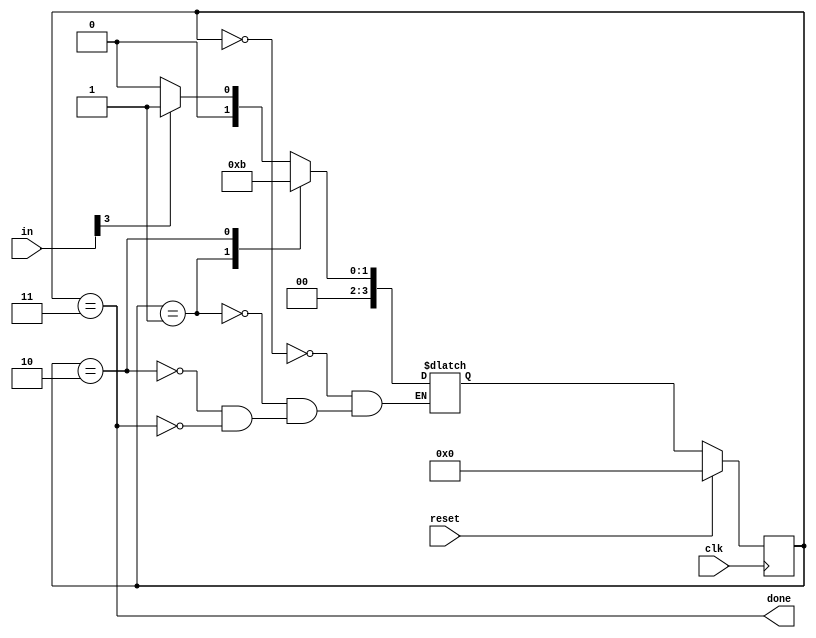
/*  Problem Statement: 

  The PS/2 mouse protocol sends messages that are three bytes long. However, within a continuous byte stream, it's not obvious where messages start and end. The only indication is that the first byte of each three byte message always has bit[3]=1 (but bit[3] of the other two bytes may be 1 or 0 depending on data).

We want a finite state machine that will search for message boundaries when given an input byte stream.
The algorithm we'll use is to discard bytes until we see one with bit[3]=1.
We then assume that this is byte 1 of a message, and signal the receipt of a message once all 3 bytes have been received (done).

The FSM should signal done in the cycle immediately after the third byte of each message was successfully received. */

module top_module(
    input clk,
    input [7:0] in,
    input reset,    // Synchronous reset
    output done); //
    
    reg [3:0] state, next_state;
    parameter BYTE1 = 0, BYTE2 = 1, BYTE3 = 2, DONE = 3;

    // State transition logic (combinational)
    always @(*) begin
        case(state)
            BYTE1:   next_state = (in[3] == 0) ? BYTE1 : BYTE2;
                
            BYTE2:   next_state = BYTE3;
                                 
            BYTE3: next_state = DONE;
               
            DONE:   next_state = (in[3] == 0) ? BYTE1 : BYTE2;
        endcase
    end
    

    // State flip-flops (sequential)
    always @(posedge clk) begin
        if(reset) state <= BYTE1;
        else      state <= next_state;
    end
 
    // Output logic
   assign done = (state == DONE);

endmodule